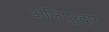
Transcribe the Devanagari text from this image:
अलिपुरद्वार